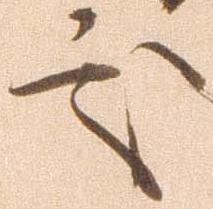
処